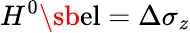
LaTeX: H^{0}\sb{\textnormal{el}}=\Delta\sigma_{z}